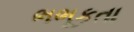
ભભૂકતા